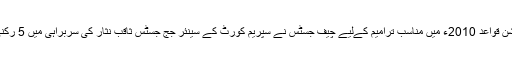
کمیشن نے جوڈیشل کمیشن قواعد 2010ء میں مناسب ترامیم کےلیے چیف جسٹس نے سپریم کورٹ کے سینئر جج جسٹس ثاقب نثار کی سربراہی میں 5 رکنی کمیٹی تشکیل دے دی۔